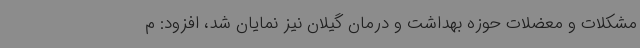
مشکلات و معضلات حوزه بهداشت و درمان گیلان نیز نمایان شد، افزود: م